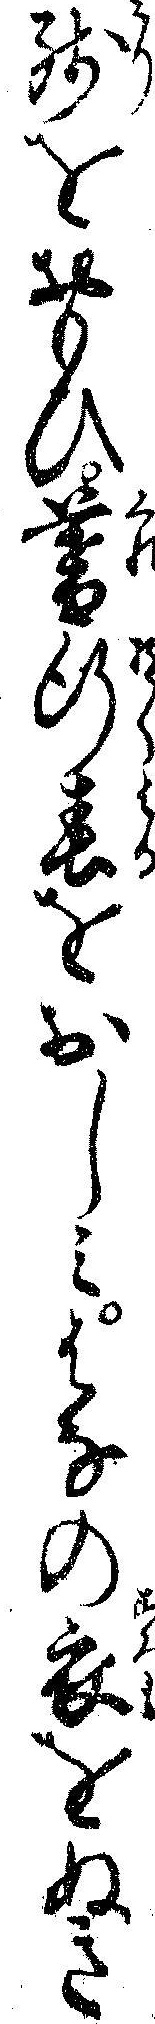
残をおもひ暮行春をおしミはなの衣をぬき